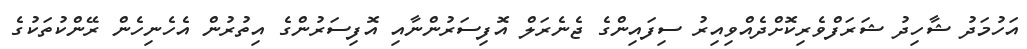
އަހުމަދު ޝާހިދު ޝަރަފްވެރިކޮށްދެއްވިއިރު ސިފައިންގެ ޖެނެރަލް އޮފިސަރުންނާއި އޮފިސަރުންގެ އިތުރުން އެހެނިހެން ރޭންކުތަކުގެ